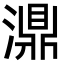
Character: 濎